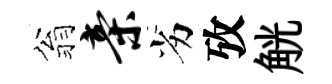
翁亲劣攷觥